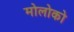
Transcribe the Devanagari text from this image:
मोलोको